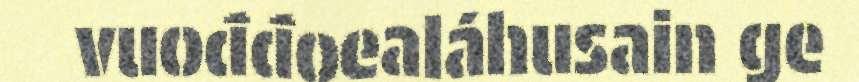
vuođđoealáhusain ge